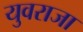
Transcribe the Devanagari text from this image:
युवराजा